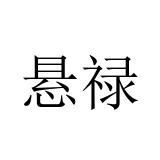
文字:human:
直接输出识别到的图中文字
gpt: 悬禄